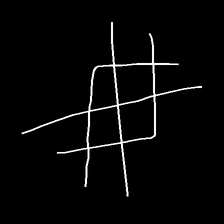
Glyph: crystal